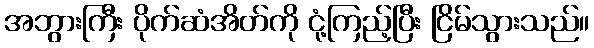
အဘွားကြီး ပိုက်ဆံအိတ်ကို ငုံ့ကြည့်ပြီး ငြိမ်သွားသည်။